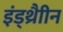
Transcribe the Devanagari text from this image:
इंड्थ्रैाीन